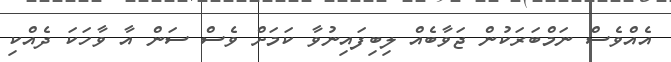
އެއްވެސް ނަމްބަރަކުން ޖަވާބެއް ލިބިފައިނުވާ ކަމަށް ވެސް ސަން އާ ވާހަކަ ދެއްކި